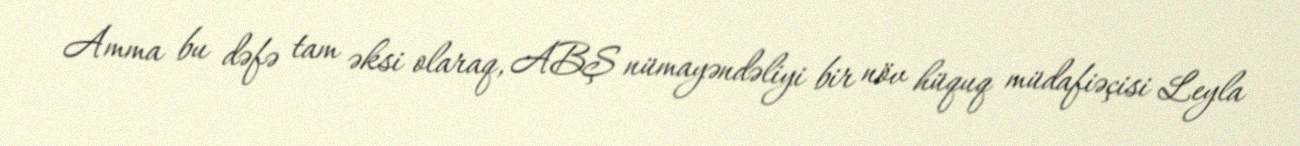
Amma bu dəfə tam əksi olaraq, ABŞ nümayəndəliyi bir növ hüquq müdafiəçisi Leyla